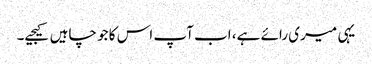
یہی میری رائے ہے، اب آپ اس کا جو چاہیں کیجیے۔